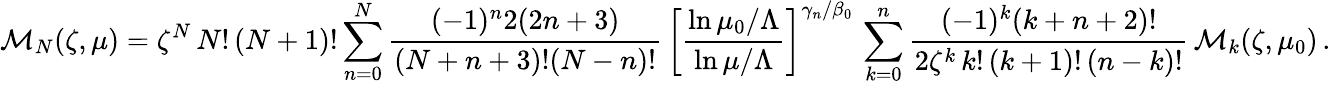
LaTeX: {\cal M}_{N}({\zeta},\mu)=\zeta^{N}\, N!\, (N+1)!\sum_{n=0}^{N}\frac{(-1)^{n}2(2n+3)}{(N+n+3)!(N-n)!}\, \left[\frac{\ln\mu_{0}/\Lambda}{\ln\mu/\Lambda}\right]^{\gamma_{n}/\beta_{0}}\, \sum_{k=0}^{n}\frac{(-1)^{k}(k+n+2)!}{2\zeta^{k}\, k!\, (k+1)!\, (n-k)!}\, {\cal M}_{k}({\zeta},\mu_{0})\, .